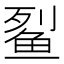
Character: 𫚓